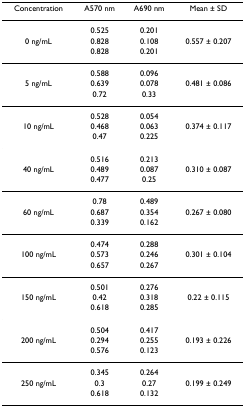
| Concentration | A570 nm | A690 nm | Mean ± SD |
 | --- | --- | --- | --- |
 |  | 0.525 | 0.201 |  |
 | 0 ng/mL | 0.828 | 0.108 | 0.557 ± 0.207 |
 |  | 0.828 | 0.201 |  |
 |  | 0.588 | 0.096 |  |
 | 5 ng/mL | 0.639 | 0.078 | 0.481 ± 0.086 |
 |  | 0.72 | 0.33 |  |
 |  | 0.528 | 0.054 |  |
 | 10 ng/mL | 0.468 | 0.063 | 0.374 ± 0.117 |
 |  | 0.47 | 0.225 |  |
 |  | 0.516 | 0.213 |  |
 | 40 ng/mL | 0.489 | 0.087 | 0.310 ± 0.087 |
 |  | 0.477 | 0.25 |  |
 |  | 0.78 | 0.489 |  |
 | 60 ng/mL | 0.687 | 0.354 | 0.267 ± 0.080 |
 |  | 0.339 | 0.162 |  |
 |  | 0.474 | 0.288 |  |
 | 100 ng/mL | 0.573 | 0.246 | 0.301 ± 0.104 |
 |  | 0.657 | 0.267 |  |
 |  | 0.501 | 0.276 |  |
 | 150 ng/mL | 0.42 | 0.318 | 0.22 ± 0.115 |
 |  | 0.618 | 0.285 |  |
 |  | 0.504 | 0.417 |  |
 | 200 ng/mL | 0.294 | 0.255 | 0.193 ± 0.226 |
 |  | 0.576 | 0.123 |  |
 |  | 0.345 | 0.264 |  |
 | 250 ng/mL | 0.3 | 0.27 | 0.199 ± 0.249 |
 |  | 0.618 | 0.132 |  |